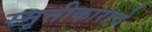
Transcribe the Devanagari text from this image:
स्मृतीकारांचे